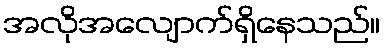
အလိုအလျောက်ရှိနေသည်။